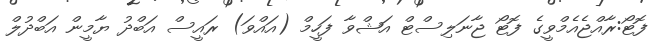
ފޮޓޯ:ރާއްޖެއެމްވީގެ ފޮޓޯ ޖާނަލިސްޓް އަޝްވާ ފަހީމް (އައްވަ) ރައީސް އަބްދު ޔާމީން އަބްދުލް